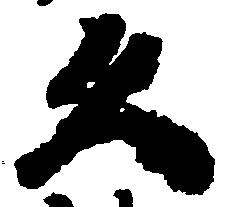
久